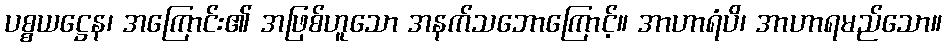
ပစ္စယဋ္ဌေန၊ အကြောင်း၏ အဖြစ်ဟူသော အနက်သဘောကြောင့်။ အာဟာရံပိ၊ အာဟာရမည်သော။